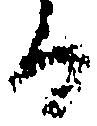
る